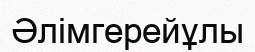
Әлімгерейұлы